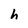
Character: h